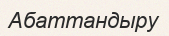
Абаттандыру